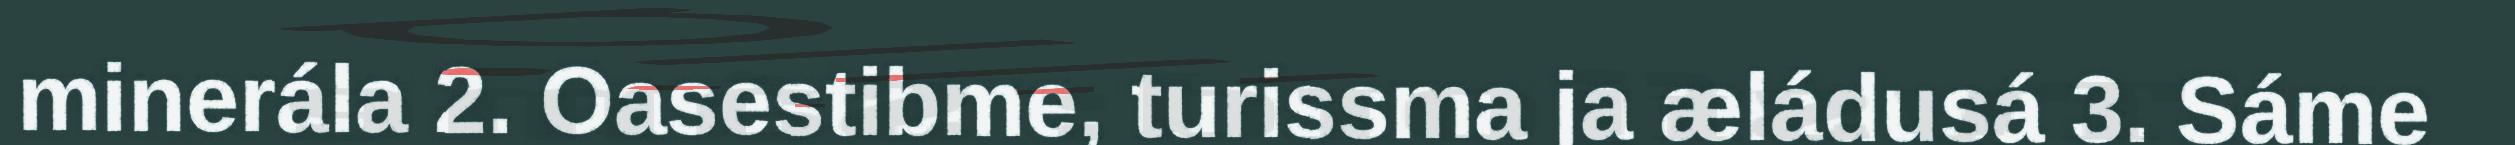
minerála 2. Oasestibme, turissma ja æládusá 3. Sáme